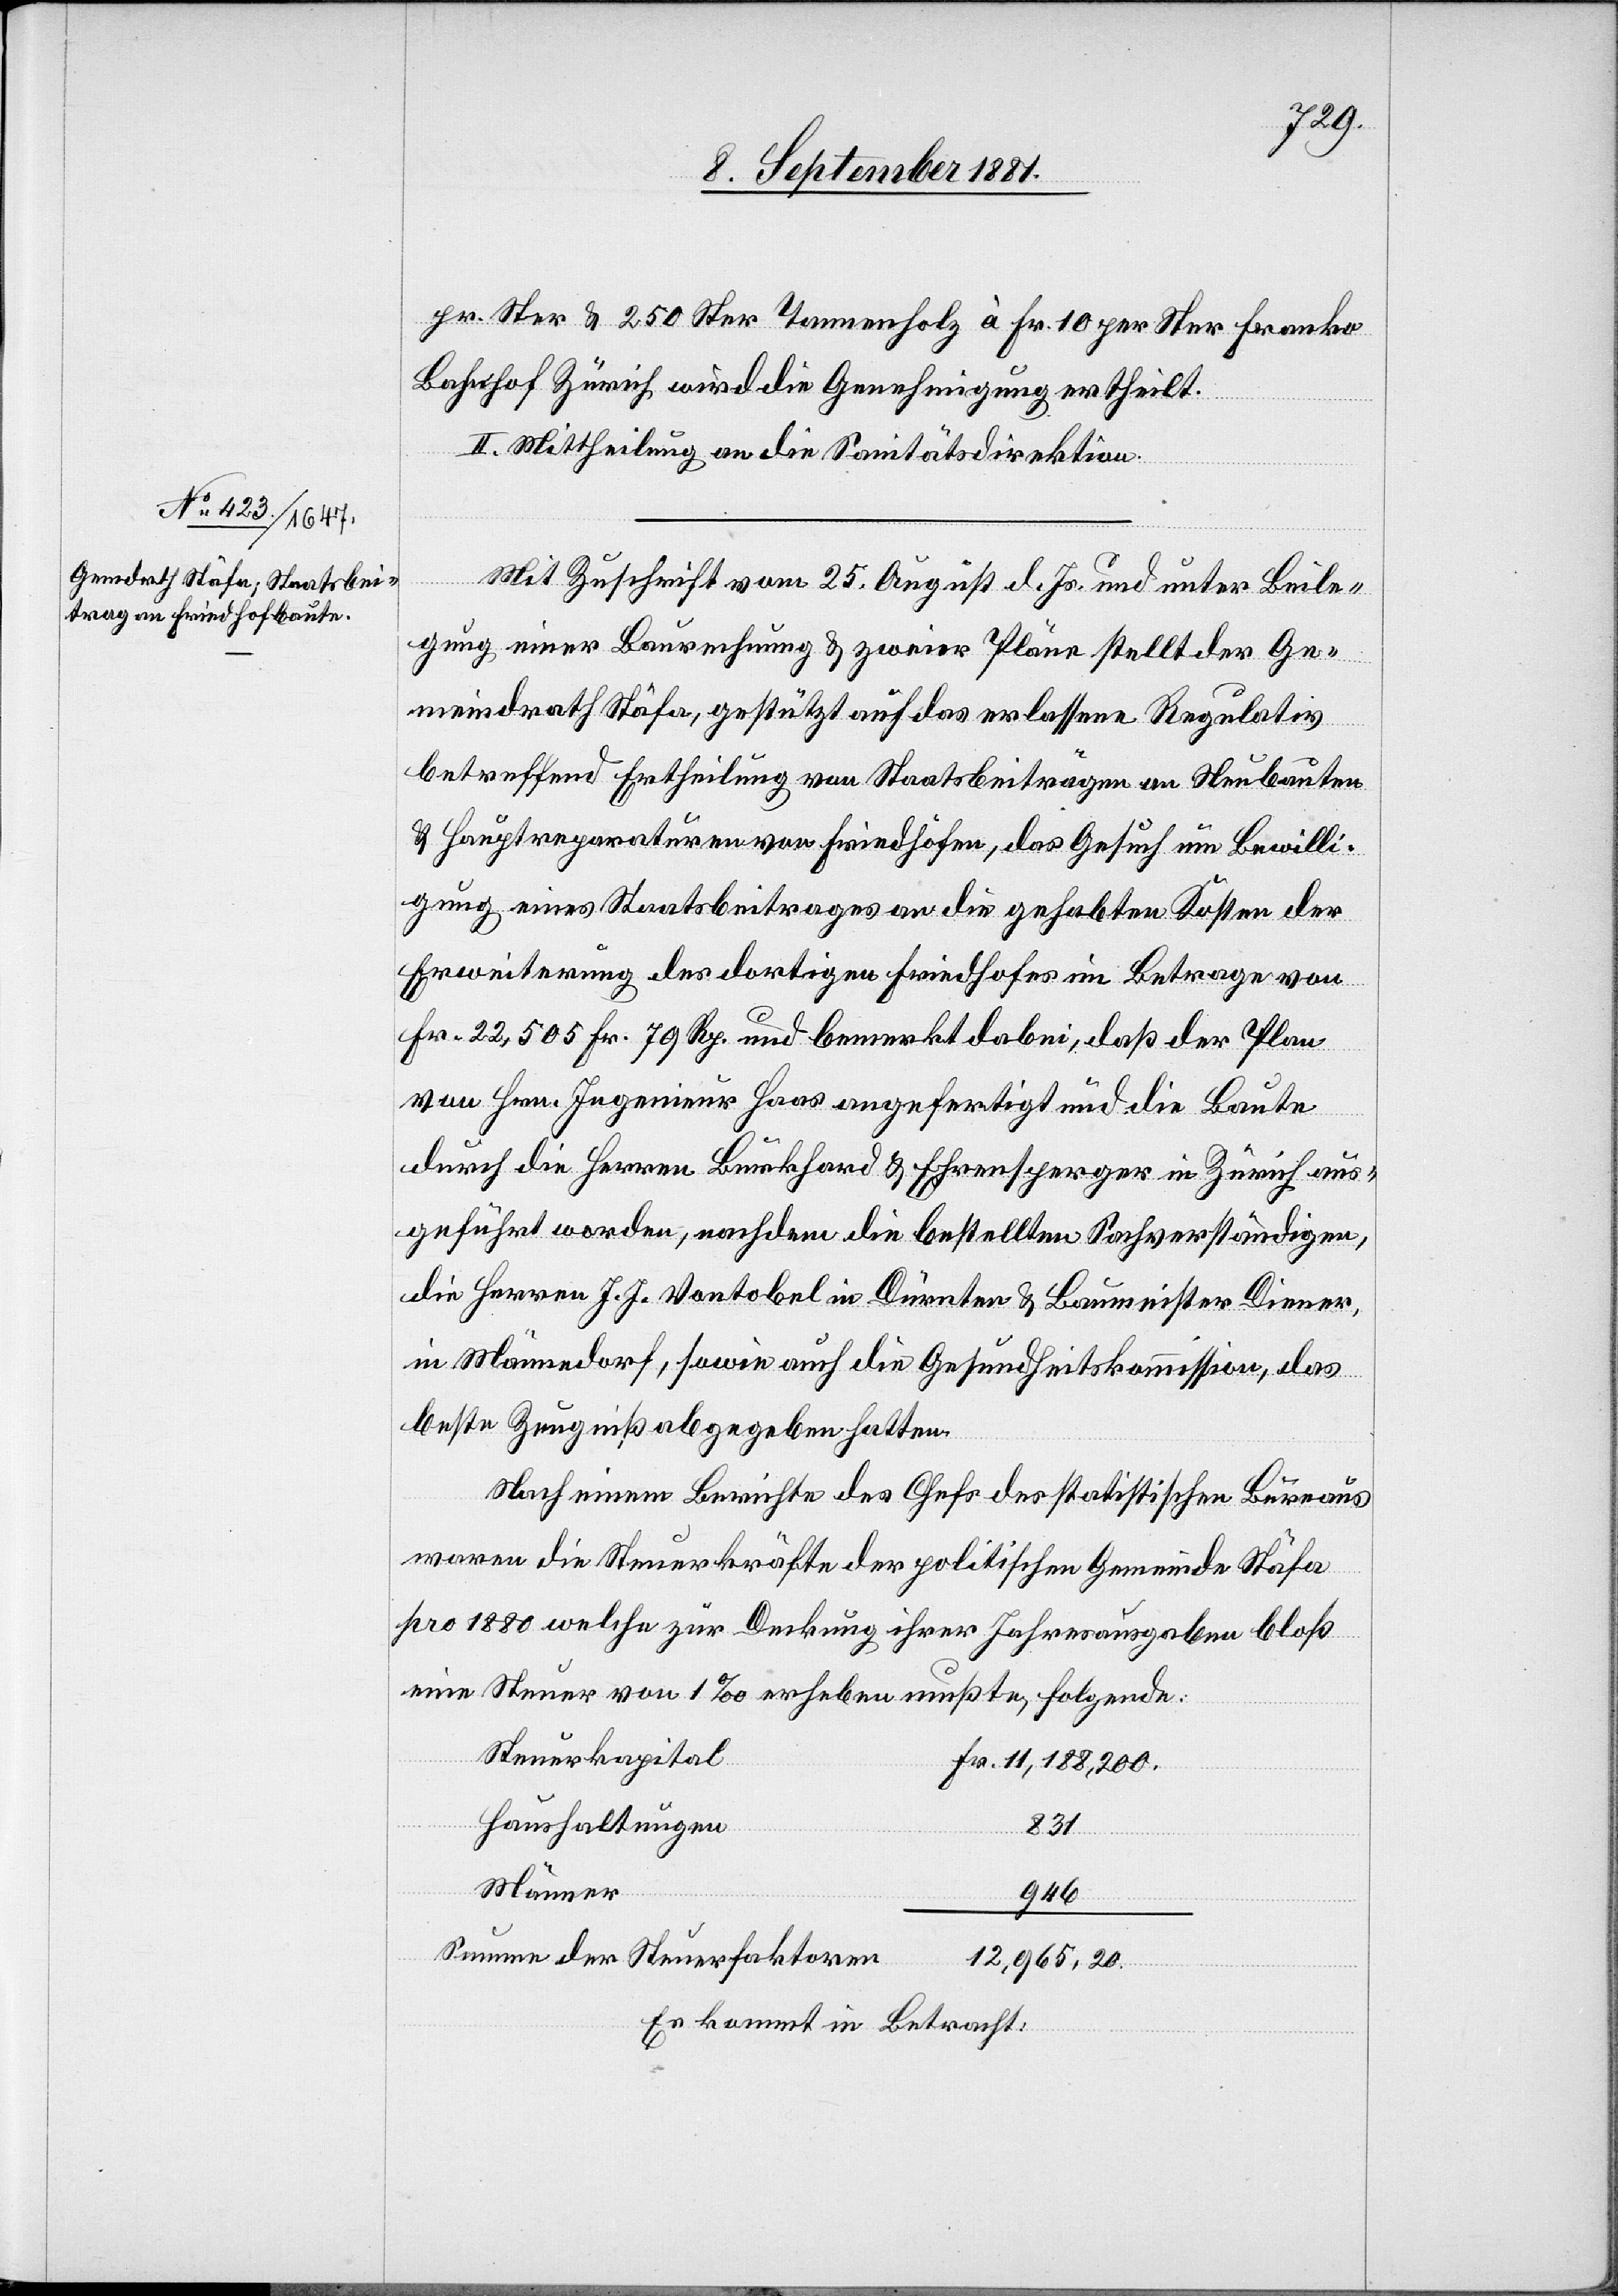
per Ster & 250 Ster Tannenholz à Fr. 10 per Ster Franko
Bahnhof Zürich wird die Genehmigung ertheilt.
II. Mittheilung an die Sanitätsdirektion.
Mit Zuschrift vom 25. August d. Js. und unter Beile¬
gung einer Baurechnung & zweier Pläne stellt der Ge¬
meindrath Stäfa, gestützt auf das erlassene Regulativ
betreffend Ertheilung von Staatsbeiträgen an Neubauten
& Hauptreparaturen von Friedhöfen, das Gesuch um Bewilli¬
gung eines Staatsbeitrages an die gehabten Kosten der
Erweiterung des dortigen Friedhofes im Betrage von
Fr. 22,505 Fr. 79 Rp. und bemerkt dabei, daß der Plan
von Hrn. Ingenieur Haas angefertigt und die Baute
durch die Herren Burkhard & Ehrensperger in Zürich aus¬
geführt worden, nachdem die bestellten Sachverständigen,
die Herren J. J. Vontobel in Dürnten & Baumeister Diener,
in Männedorf, sowie auch die Gesundheitskommission, das
besten Zeugniß abgegeben hatten.
Nach einem Berichte des Chefs des statistischen Bureaus
waren die Steuerkräfte der politischen Gemeinde Stäfa
pro 1880 welche zur Deckung ihrer Jahresausgaben bloß
eine Steuer von 1‰ erheben mußten, folgende:
Steuerkapital
Fr. 11,188,200.
Haushaltungen
831
Männer
946
Summe der Steuerfaktoren
12,965,20.
Es kommt in Betracht: